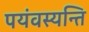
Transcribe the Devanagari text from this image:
पयंवस्यन्ति